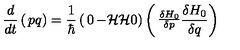
{ \frac { d } { d t } } \left( \begin{matrix} { p } \\ { q } \\ \end{matrix} \right) = { \frac { 1 } { \hbar } } \left( \begin{matrix} { 0 } & { - { \cal H } } \\ { { \cal H } } & { 0 } \\ \end{matrix} \right) \left( \begin{matrix} { { \frac { \delta H _ { 0 } } { \delta p } } } \\ { { \frac { \delta H _ { 0 } } { \delta q } } } \\ \end{matrix} \right)